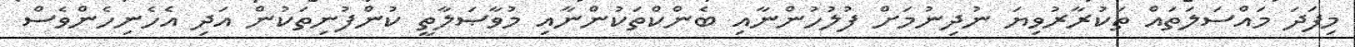
މިފަދަ މައްސަލަތައް ތަކުރާރުވިޔަ ނުދިނުމަށް ފުލުހުންނާއި ބެންކްތަކުންނާއި މުވާޞަލާތީ ކުންފުނިތަކުން އަދި އެހެނިހެންވެސް